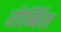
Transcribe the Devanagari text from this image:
रोब्बिंस